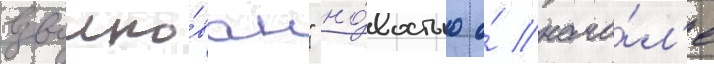
взволно́ван" но́востью о́ нача́л'е